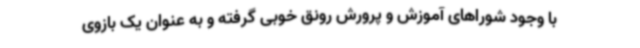
با وجود شوراهای آموزش و پرورش رونق خوبی گرفته و به عنوان یک بازوی